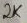
Text: 2K